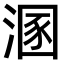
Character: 溷